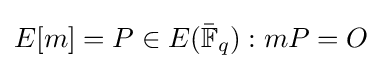
E[m]={P\in E(\mathbb {\bar {F}} _{q}):mP=O}